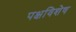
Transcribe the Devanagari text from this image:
पक्षविशेष